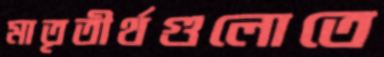
মাতৃতীর্থগুলোতে